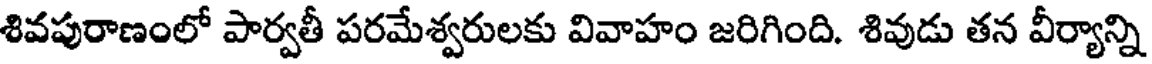
శివపురాణంలో పార్వతీ పరమేశ్వరులకు వివాహం జరిగింది. శివుడు తన వీర్యాన్ని